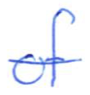
Text: of
Cross-out: single-line
Writing tool: ballpoint